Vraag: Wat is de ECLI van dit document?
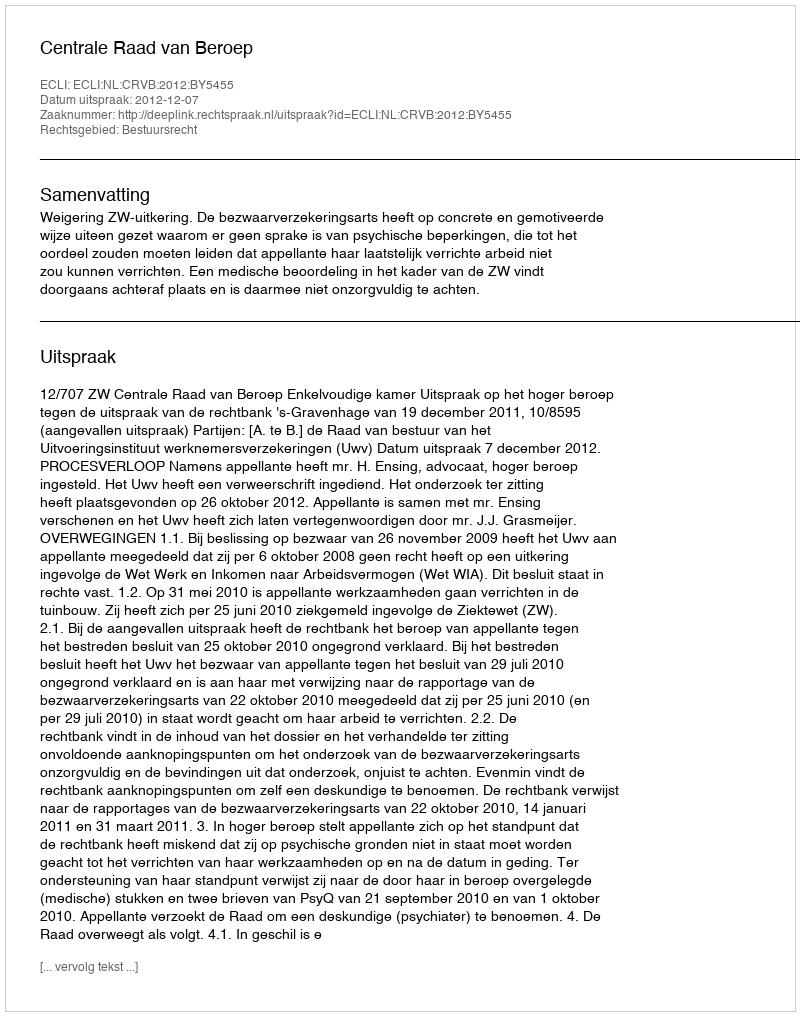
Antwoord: ECLI:NL:CRVB:2012:BY5455